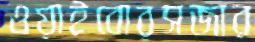
ওয়াইবোরসজার